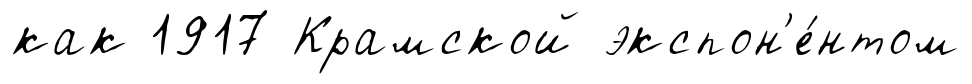
как 1917 Крамской экспон'е́нтом